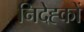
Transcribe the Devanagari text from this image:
निदेह्कों